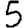
Digit: 5